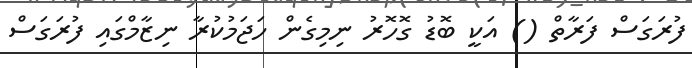
ފުރަގަސް ފަރާތް () އަކީ ބޮޑު ގޮހޮރު ނިމިގެން ހަޖަމުކުރާ ނިޒާމްގައި ފުރަގަސް